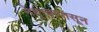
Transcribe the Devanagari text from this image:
नेतृत्त्वापासून